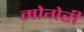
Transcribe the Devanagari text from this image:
मोगेरी